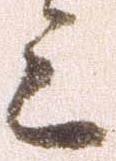
上